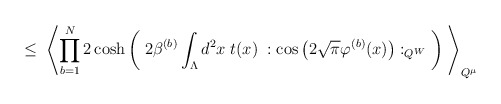
\begin{align*}\leq \;\left\langle \prod_{b=1}^N2 \cosh\left( \; 2 \beta^{(b)} \int_{\Lambda} d^2x \;t(x)\; : \cos \left( 2 \sqrt{\pi} \varphi^{(b)}(x)\right) :_{Q^W} \; \right) \;\right\rangle_{Q^\mu}\end{align*}